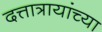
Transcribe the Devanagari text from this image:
दत्तात्रायांच्या